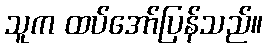
သူက ထပ်အော်ပြန်သည်။